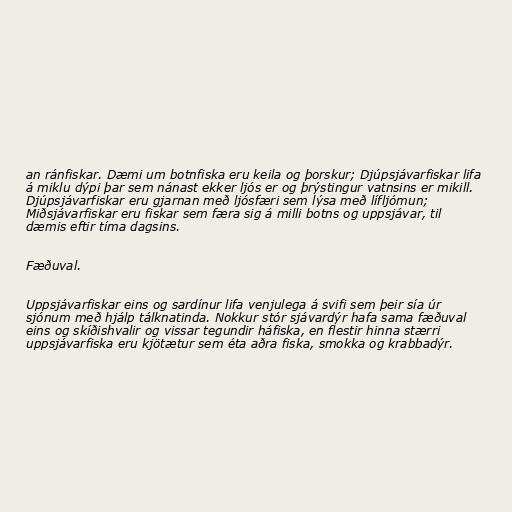
an ránfiskar. Dæmi um botnfiska eru keila og þorskur; Djúpsjávarfiskar lifa
á miklu dýpi þar sem nánast ekker ljós er og þrýstingur vatnsins er mikill.
Djúpsjávarfiskar eru gjarnan með ljósfæri sem lýsa með lífljómun;
Miðsjávarfiskar eru fiskar sem færa sig á milli botns og uppsjávar, til
dæmis eftir tíma dagsins.

Fæðuval.

Uppsjávarfiskar eins og sardínur lifa venjulega á svifi sem þeir sía úr
sjónum með hjálp tálknatinda. Nokkur stór sjávardýr hafa sama fæðuval
eins og skíðishvalir og vissar tegundir háfiska, en flestir hinna stærri
uppsjávarfiska eru kjötætur sem éta aðra fiska, smokka og krabbadýr.